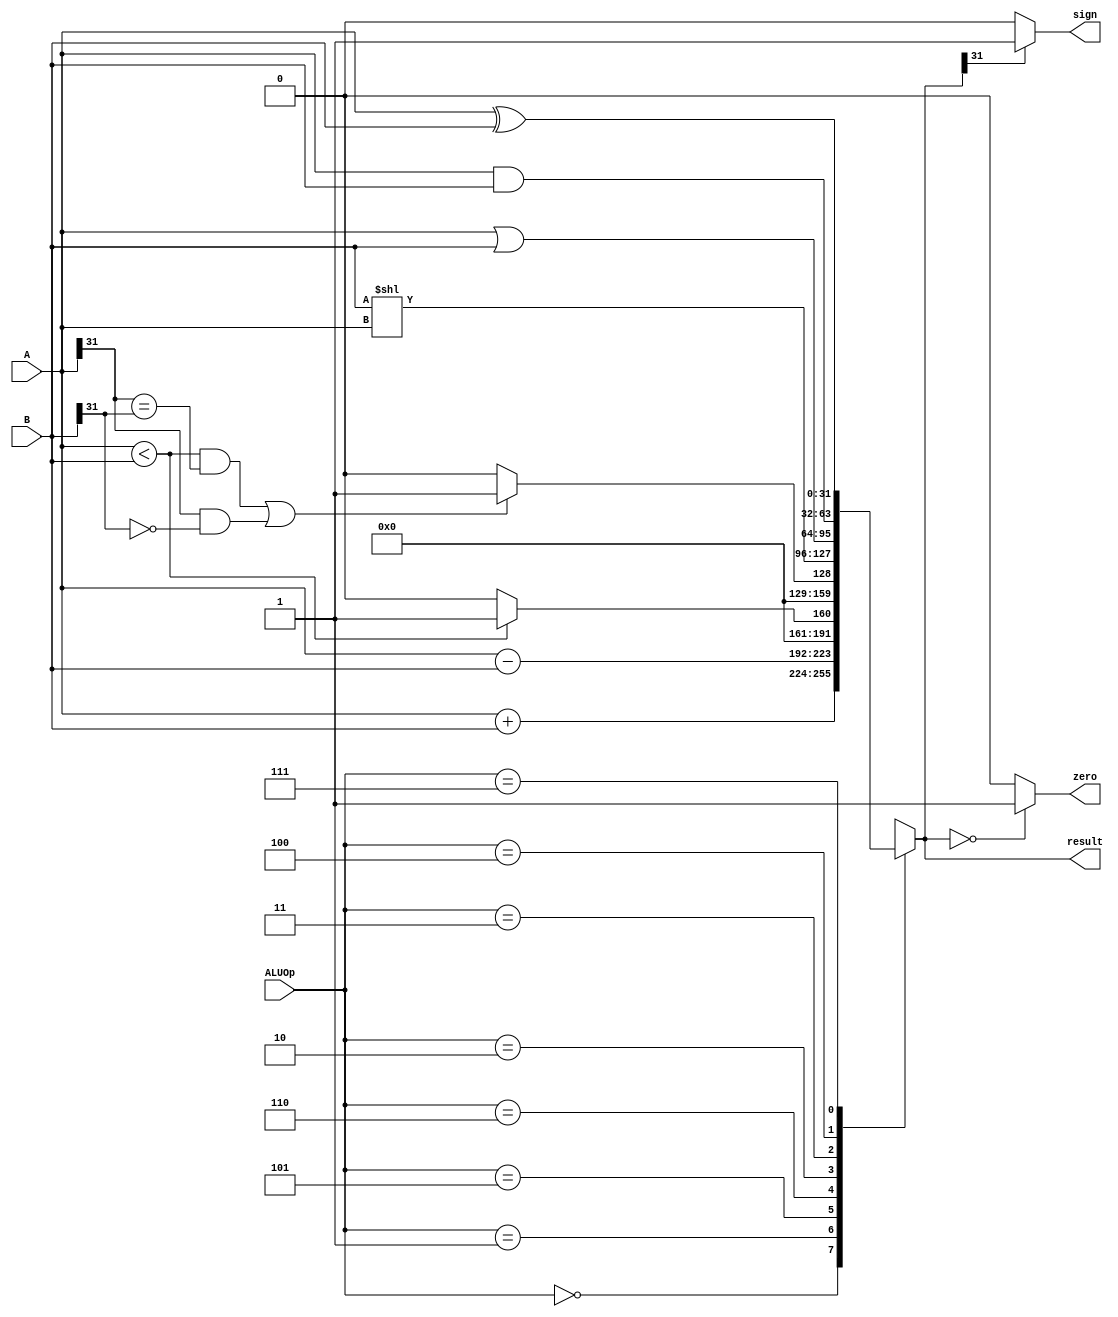
`timescale 1ns / 1ps
//////////////////////////////////////////////////////////////////////////////////
// Company:
// Engineer: 
// 
// Design Name: 
// Module Name: ALU
// Project Name: 
// Target Devices: 
// Tool Versions: 
// Description: 
// 
// Dependencies: 
// 
// Revision:
// Revision 0.01 - File Created
// Additional Comments:
// 
//////////////////////////////////////////////////////////////////////////////////


module ALU(
    input [2:0] ALUOp,
    input [31:0] A,
    input [31:0] B,
    output reg [31:0] result,
    output zero,
    output sign
    );
 
    assign zero = (result==0)?1:0;
    assign sign = result[31] == 0 ? 0 : 1;
    always @( ALUOp or A or B ) begin
        case (ALUOp)
          3'b000 : result = A + B;
          3'b001 : result = A - B;
          3'b101 : result = (A < B) ? 1 : 0; 
          3'b110 : result = (A < B && A[31] == B[31] || 
                                          A[31] == 1 && B[31] == 0) ? 1:0;
          3'b010 : result = B << A;
          3'b011 : result = A | B;
          3'b100 : result = A & B; 
          3'b111 : result = A ^ B;
         default : result = 32'h00000000;
         endcase
     end
endmodule